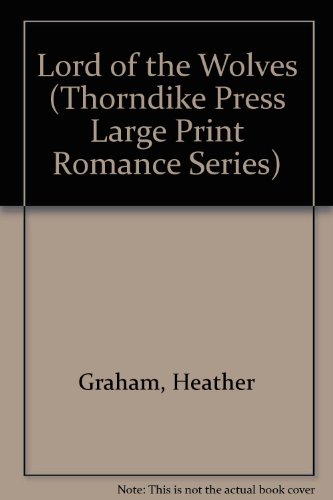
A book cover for Lord of the Wolves; Heather Graham; Romance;